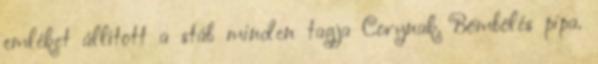
emléket állított a stáb minden tagja Corynak. Bömbölés pipa.